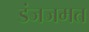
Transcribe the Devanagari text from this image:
डंजजमत